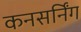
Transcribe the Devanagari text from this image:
कनसर्निंग